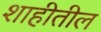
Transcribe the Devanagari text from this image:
शाहीतील